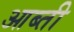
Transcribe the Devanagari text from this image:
आब्ती